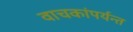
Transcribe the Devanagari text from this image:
वाचकांपर्यन्त